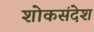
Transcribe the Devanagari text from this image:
शोकसंदेश